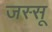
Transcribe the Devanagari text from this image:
जस्सू